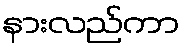
နားလည်ကာ